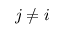
j \neq i